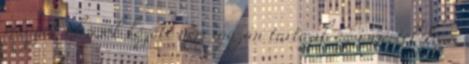
magyar olvasók között nem igazán tartozik az ismertek közé,